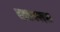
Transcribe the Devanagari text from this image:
साधनपरक